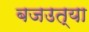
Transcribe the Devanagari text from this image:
बजउत्या